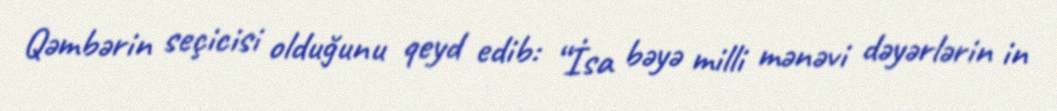
Qəmbərin seçicisi olduğunu qeyd edib: “İsa bəyə milli mənəvi dəyərlərin in